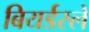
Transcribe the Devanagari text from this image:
बियर्डस्ले